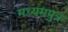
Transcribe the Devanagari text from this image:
मध्यमपुत्र